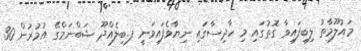
މައުލޫމާތު ލިބިފައިވާ ގޮތުގައި މި ހާދިސާގައި ނިޔާވެފައިވަނީ ފ.ބިލެއްދޫ ޝަބްނަމްގޭ އުމުރުން 30